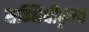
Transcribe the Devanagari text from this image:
सन्निधीकृत्य